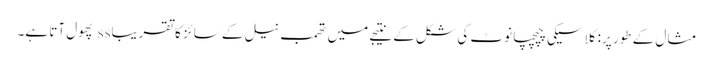
مثال کے طور پر: کلاسیکی چپچپا نوٹ کی شکل کے نتیجے میں تھمب نیل کے سائز کا تقریباss پھول آتا ہے۔